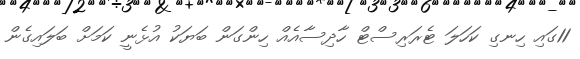
11ގައި ހިނގި ކަހަލަ ޓެރަރިސްޓް ހާދިސާއެއް ހިންގަން ބަޔަކު އުޅެނީ ކަމަށް ބަލައިގެން